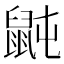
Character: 𪕅